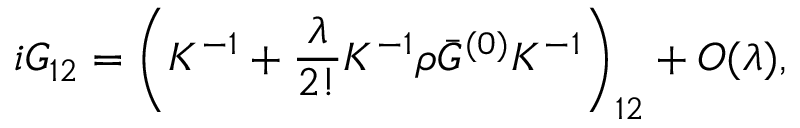
i G _ { 1 2 } = \left( K ^ { - 1 } + \frac { \lambda } { 2 ! } K ^ { - 1 } \rho \bar { G } ^ { ( 0 ) } K ^ { - 1 } \right) _ { 1 2 } + O ( \lambda ) ,